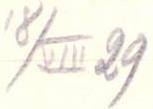
18/VIII 29